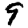
Digit: 9